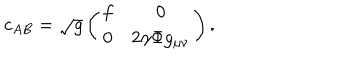
c _ { A B } = \sqrt { g } \left( \begin{matrix} { { f } } & { { 0 } } \\ { { 0 } } & { { 2 \gamma \Phi g _ { \mu \nu } } } \\ \end{matrix} \right) .